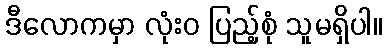
ဒီလောကမှာ လုံးဝ ပြည့်စုံ သူမရှိပါ။